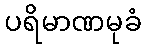
ပရိမာဏမုခံ